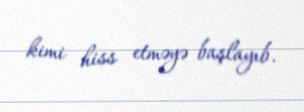
kimi hiss etməyə başlayıb.